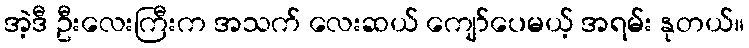
အဲ့ဒီ ဦးလေးကြီးက အသက် လေးဆယ် ကျော်ပေမယ့် အရမ်း နုတယ်။